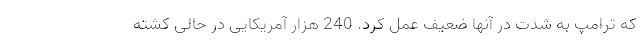
که ترامپ به شدت در آنها ضعیف عمل کرد. 240 هزار آمریکایی در حالی کشته